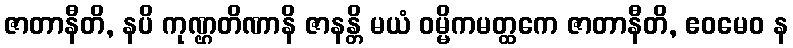
ဇာတာနီတိ, နပိ ကုဏ္ဌတိဏာနိ ဇာနန္တိ မယံ ဝမ္မိကမတ္ထကေ ဇာတာနီတိ, ဧဝမေဝ န